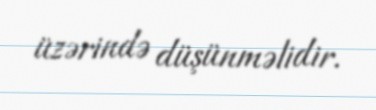
üzərində düşünməlidir.